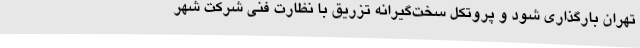
تهران بارگذاری شود و پروتکل سخت‌گیرانه تزریق با نظارت فنی شرکت شهر